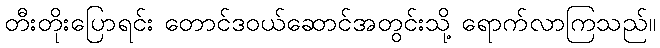
တီးတိုးပြောရင်း တောင်ဒဝယ်ဆောင်အတွင်းသို့ ရောက်လာကြသည်။